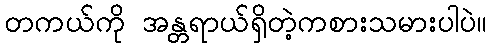
တကယ်ကို အန္တရာယ်ရှိတဲ့ကစားသမားပါပဲ။